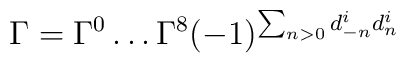
\Gamma=\Gamma^{0}\ldots\Gamma^{8}(-1)^{\sum_{n>0}d^{i}_{-n}d^{i}_{n}}